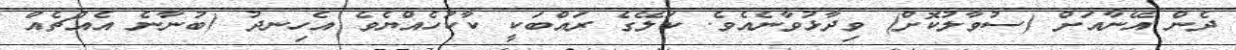
ދެން އޭނާއަށް (ސުވާލުކޮށް) ވިދާޅުވާނެއެވެ. ކަލޭގެ ރައްބަކީ ކާކުހެއްޔެވެ އެހިނދު (ބުނާނެ އެއްޗެއް